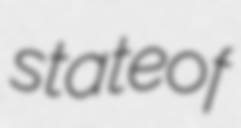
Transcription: state of